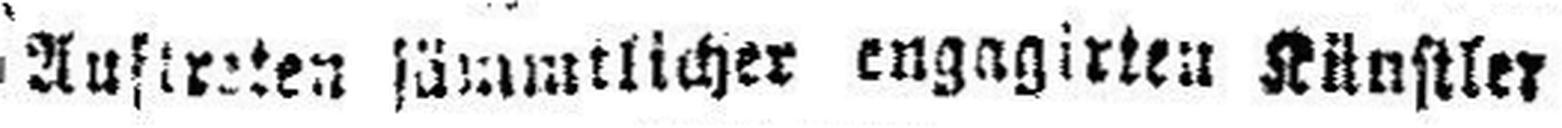
austreten sämmtlicher engagirten Künstler